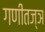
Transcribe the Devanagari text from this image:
गणीतज्ञ